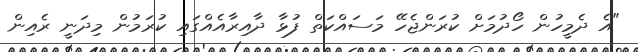
"އެ ދެމީހުން ހޯދުމަށް ކުރަންޖެހޭ މަސައްކަތް ފުޅާ ދާއިރާއެއްގައި ކުރަމުން މިދަނީ ރެއިން